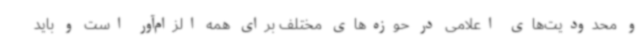
و محدودیت‌های اعلامی در حوزه‌های مختلف برای همه الزام‌آور است و باید